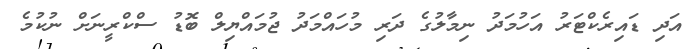
އަދި ޑައިރެކްޓަރު އަހުމަދު ނިމާލުގެ ދަރި މުހައްމަދު ޖުމައްޔިލް ބޮޑު ސްކްރީނަށް ނުކުމެ